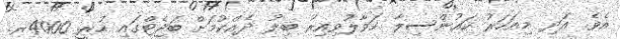
އެވެ. އަދި މިއަހަރު ކައުންސިލާ ހަވާލުވިއިރު ބިލު ދެއްކުމަށް ބަޖެޓްގައި ހުރީ 4000ރ.